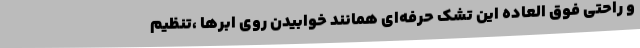
و راحتی فوق العاده این تشک حرفه‌ای همانند خوابیدن روی ابرها ،تنظیم